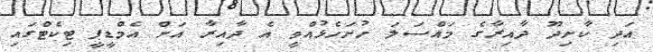
އަދި ކާށިދޫ ދާއިރާގެ މައްސަލަ ހުށަހެޅުއްވީ އެ ދާއިރާ އަށް އެމްޑީޕީ ޓިކެޓްގައި